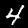
Digit: 4